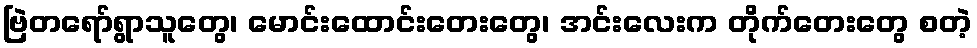
ဗြဲတရော်ရွာသူတွေ၊ မောင်းထောင်းတေးတွေ၊ အင်းလေးက တိုက်တေးတွေ စတဲ့